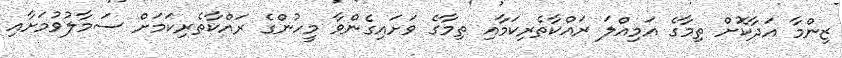
ޒިންމާ އަދާކޮށް ތިމާގެ އަމިއްލަ ރައްކާތެރިކަމާއި ތިމާގެ ވަށައިގެންވާ މީހުންގެ ރައްކާތެރިކަމަށް ސަމާލުވުމަށާއި